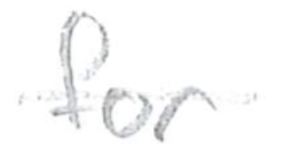
Text: for
Cross-out: single-line
Writing tool: pencil